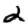
Digit: 2